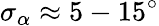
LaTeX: \sigma_{\alpha}\approx 5-15^{\circ}